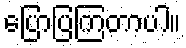
ပြောပြကြတာပါ။